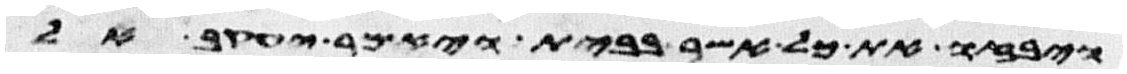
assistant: ויבזו את כל אשר בבית ויאמר יעקב אל